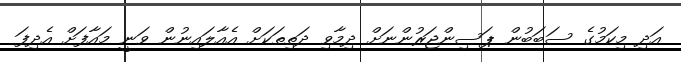
އަދި މިކަމުގެ ސަބަބުން ޕަސިންޖަރުންނަށް ދިމާވި ދަތިތަކަށް އެއާލައިނުން ވަނީ މައާފަށް އެދިފަ